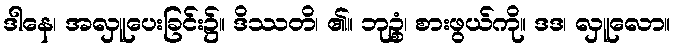
ဒါနေ၊ အလှူပေးခြင်း၌။ ဒိဿတိ၊ ၏။ ဘုဉ္စံ၊ စားဖွယ်ကို။ ဒဒ၊ လှူလော။